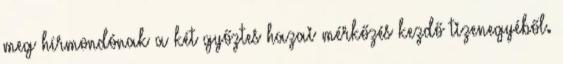
meg hírmondónak a két győztes hazai mérkőzés kezdő tizenegyéből.